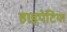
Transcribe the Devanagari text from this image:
हाइपेटिया